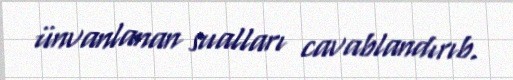
ünvanlanan sualları cavablandırıb.